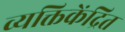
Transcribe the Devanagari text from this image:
व्यक्तिकेंद्रित